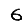
Digit: 6